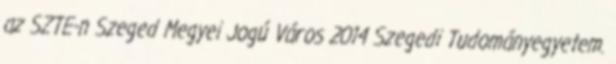
az SZTE-n Szeged Megyei Jogú Város 2014 Szegedi Tudományegyetem.